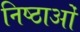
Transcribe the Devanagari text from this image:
निष्ठाओं